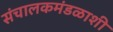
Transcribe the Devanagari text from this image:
संचालकमंडळाशी